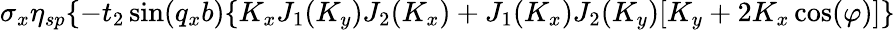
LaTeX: \sigma_{x}\eta_{sp}\{ -t_{2}\sin(q_{x}b)\{ K_{x}J_{1}(K_{y})J_{2}(K_{x})+J_{1}(K_{x})J_{2}(K_{y})[K_{y}+2K_{x}\cos(\varphi)]\}